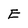
Character: E